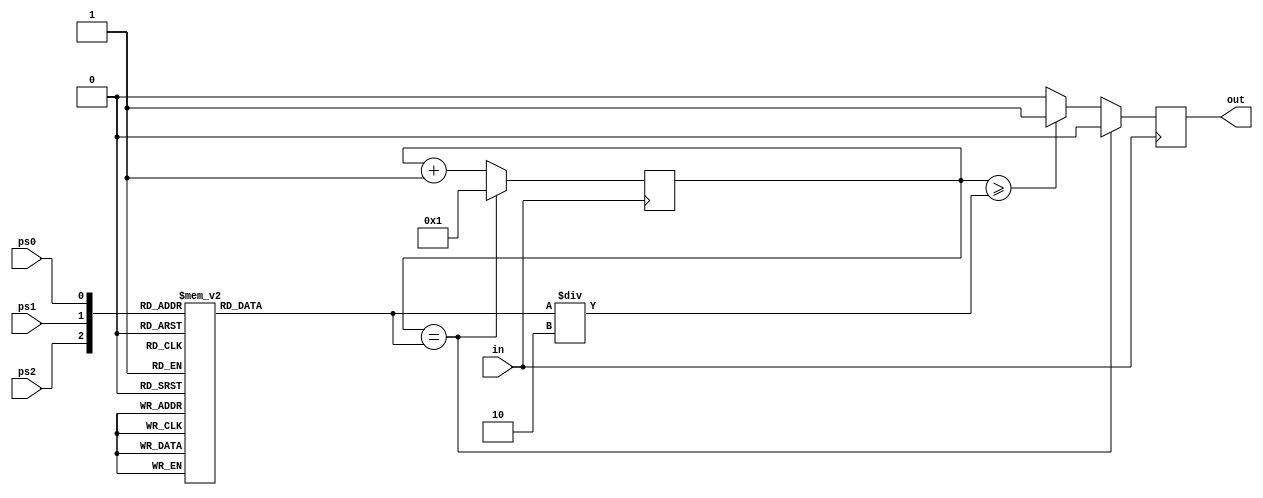
`timescale 1ns / 1ps
//////////////////////////////////////////////////////////////////////////////////
// Company: 
// Engineer: 
// 
// Design Name: 
// Module Name:    prescalar 
// Project Name: 
// Target Devices: 
// Tool versions: 
// Description: 
//
// Dependencies: 
//
// Revision: 
// Revision 0.01 - File Created
// Additional Comments: 
//
//////////////////////////////////////////////////////////////////////////////////
module prescalar(ps2,ps1,ps0,in,out);
 input ps2,ps1,ps0,in;
 output reg out;
 reg [8:0]n,count=0;
 always@(negedge in)
 begin
  case({ps2,ps1,ps0})
   3'b000: n=2;
   3'b001: n=4;
   3'b010: n=8;
   3'b011: n=16;
   3'b100: n=32;
   3'b101: n=64;
   3'b110: n=128;
   3'b111: n=256;
  endcase
  if(count==n)
  begin
   count<=1;
	out<=0;
  end
  else if(count>=n/2)
  begin
   out<=1;
	count<=count+1;
  end
  else
  begin
   out<=0;
	count<=count+1;
  end
 end

endmodule